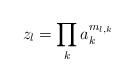
\begin{align*}z_l = \prod_k a_k^{m_{l,k}} \end{align*}